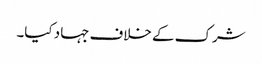
شرک کے خلاف جہاد کیا۔